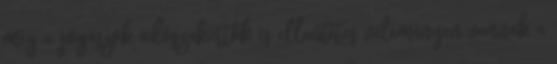
még a jogászok adószakértők is ellentétes véleményen vannak a